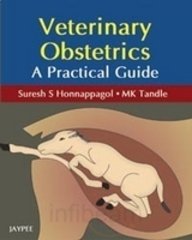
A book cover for Veterinary Obstetrics A Practical Guide; Honnappagol; Medical Books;